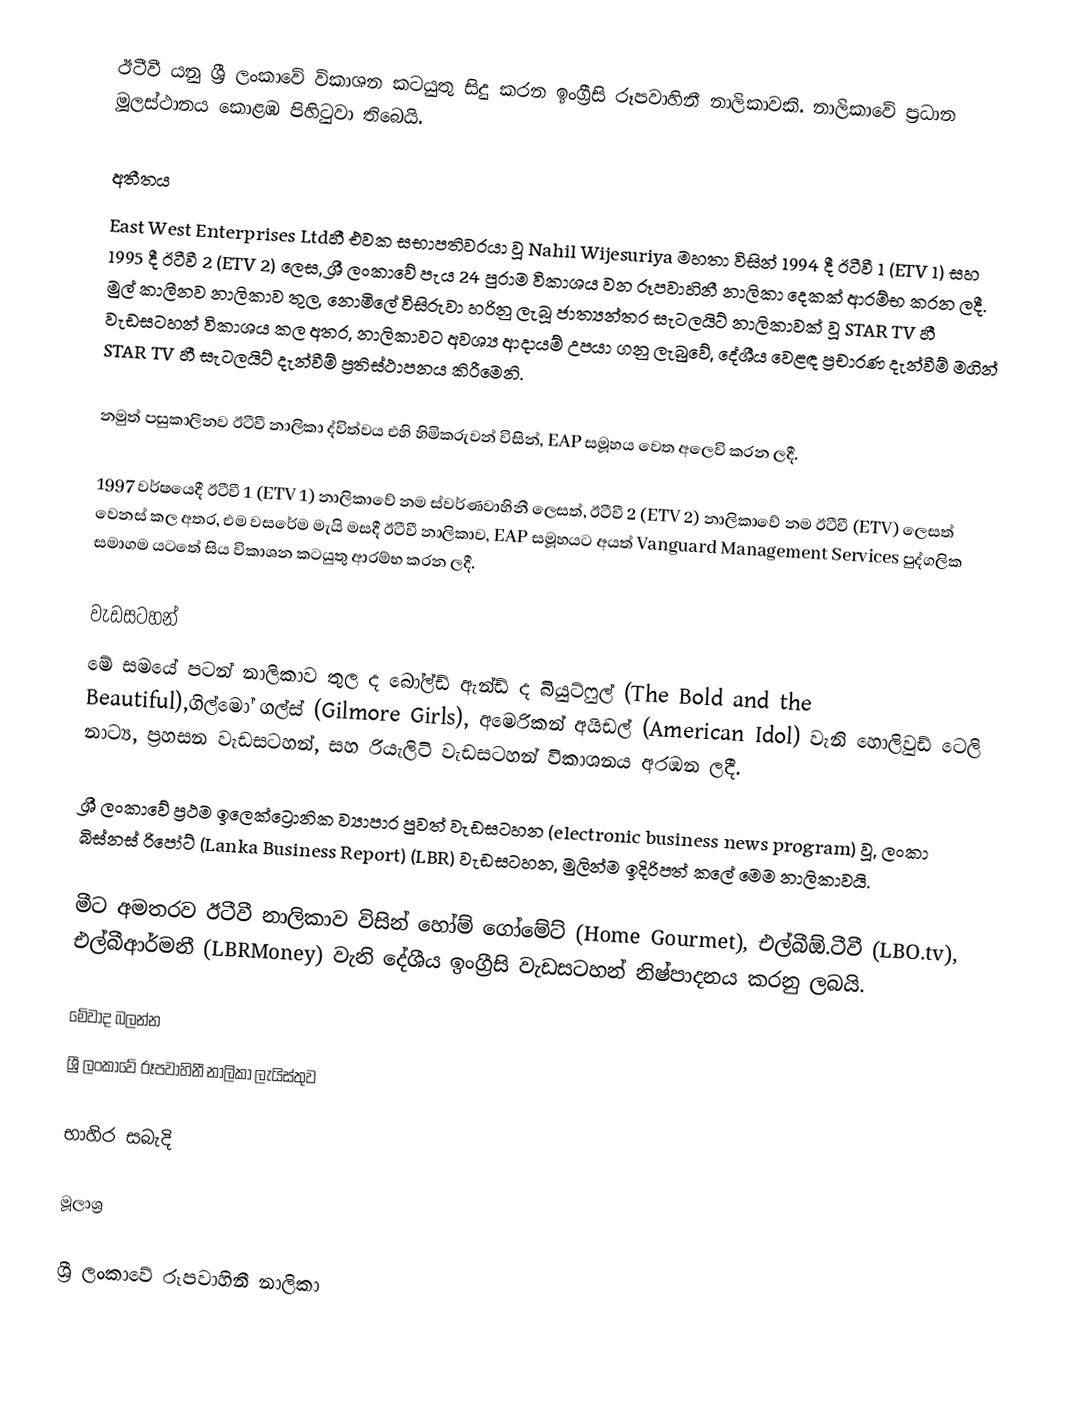
ඊටීවී යනු ශ්‍රී ලංකාවේ විකාශන කටයුතු සිදු කරන ඉංග්‍රීසි රූපවාහිනී නාලිකාවකි. නාලිකාවේ ප්‍රධාන මූලස්ථානය කොළඹ පිහිටුවා තිබෙයි.

අතීතය
East West Enterprises Ltdහී එවක සභාපතිවරයා වූ Nahil Wijesuriya මහතා විසින් 1994 දී ඊටීවී 1 (ETV 1) සහ 1995 දී ඊටීවී 2 (ETV 2) ලෙස, ශ්‍රී ලංකාවේ පැය 24 පුරාම විකාශය වන රූපවාහිනී නාලිකා දෙකක් ආරම්භ කරන ලදී. මුල් කාලීනව නාලිකාව තුල, නොමිලේ විසිරුවා හරිනු ලැබූ ජාත්‍යන්තර සැටලයිට් නාලිකාවක් වූ STAR TV හී වැඩසටහන් විකාශය කල අතර, නාලිකාවට අවශ්‍ය ආදායම් උපයා ගනු ලැබුවේ, දේශීය වෙළඳ ප්‍රචාරණ දැන්වීම් මගින් STAR TV හී සැටලයිට් දැන්වීම් ප්‍රතිස්ථාපනය කිරීමෙනි.

නමුත් පසුකාලීනව ඊටීවී නාලිකා ද්විත්වය එහි හිමිකරුවන් විසින්, EAP සමූහය වෙත අලෙවි කරන ලදී.

1997 වර්ෂයෙදී ඊටීවී 1 (ETV 1) නාලිකාවේ නම ස්වර්ණවාහිනී ලෙසත්, ඊටීවී 2 (ETV 2) නාලිකාවේ නම ඊටීවී (ETV) ලෙසත් වෙනස් කල අතර, එම වසරේම මැයි මසදී ඊටීවී නාලිකාව, EAP සමූහයට අයත් Vanguard Management Services පුද්ගලික සමාගම යටතේ සිය විකාශන කටයුතු ආරම්භ කරන ලදී.

වැඩසටහන්
මේ සමයේ පටන් නාලිකාව තුල  ද බෝල්ඩ් ඇන්ඩ් ද බියුට්ෆුල් (The Bold and the Beautiful),ගිල්මෝ ගල්ස් (Gilmore Girls), අමෙරිකන් අයිඩල් (American Idol) වැනි හොලිවුඩ් ටෙලි නාට්‍ය, ප්‍රහසන වැඩසටහන්, සහ රියැලිටි වැඩසටහන් විකාශනය අරඹන ලදී.

ශ්‍රී ලංකාවේ ප්‍රථම ඉලෙක්ට්‍රොනික ව්‍යාපාර පුවත් වැඩසටහන (electronic business news program) වූ, ලංකා බිස්නස් රිපෝට් (Lanka Business Report) (LBR) වැඩසටහන, මුලින්ම ඉදිරිපත් කලේ  මෙම නාලිකාවයි.

මීට අමතරව ඊටීවී නාලිකාව විසින් හෝම් ගෝමේට් (Home Gourmet), එල්බීඕ.ටීවී (LBO.tv), එල්බීආර්මනී (LBRMoney) වැනි දේශීය ඉංග්‍රීසි වැඩසටහන් නිෂ්පාදනය කරනු ලබයි.

මේවාද බලන්න
 ශ්‍රී ලංකාවේ රූපවාහිනී නාලිකා ලැයිස්තුව

භාහිර සබැදි

මූලාශ්‍ර

ශ්‍රී ලංකාවේ රූපවාහිනී නාලිකා